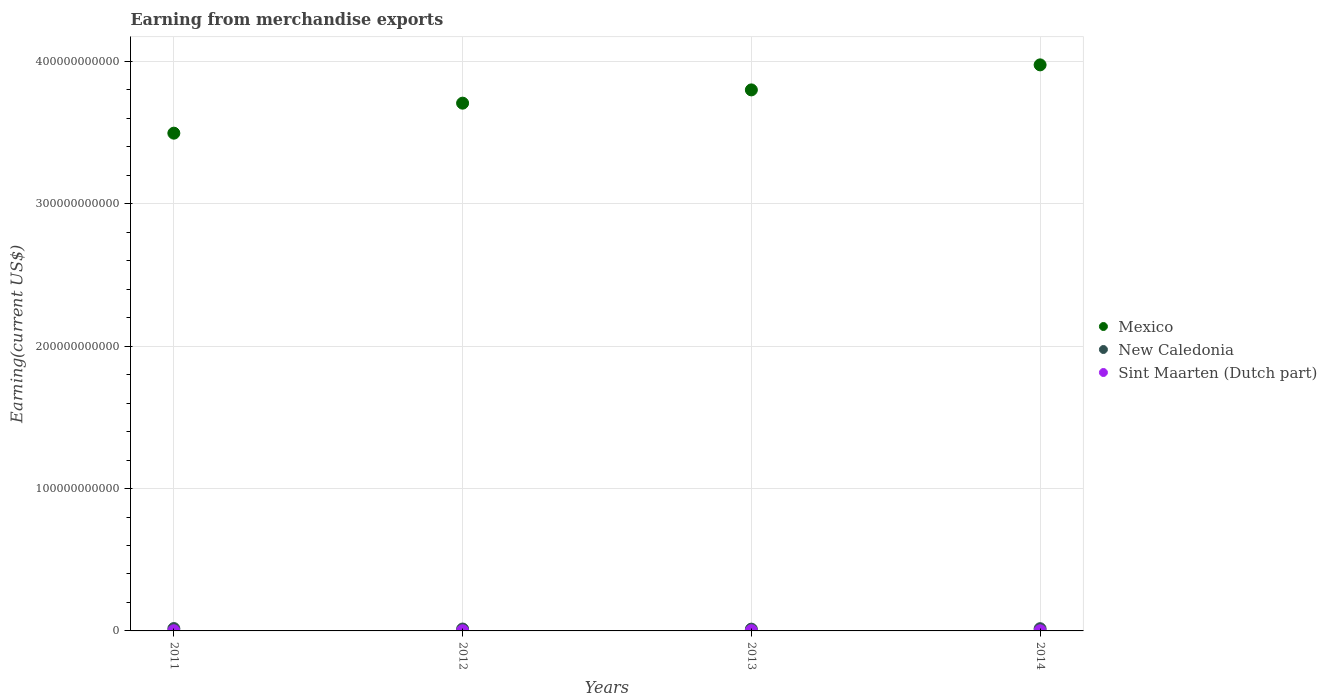
| Years | Mexico | New Caledonia | Sint Maarten (Dutch part) |
 | --- | --- | --- | --- |
 | 2011 | 3.5e+11 | 1.66e+09 | 1.27e+08 |
 | 2012 | 3.71e+11 | 1.33e+09 | 1.31e+08 |
 | 2013 | 3.8e+11 | 1.24e+09 | 1.77e+08 |
 | 2014 | 3.98e+11 | 1.56e+09 | 1.3e+08 |